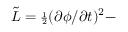
{ \tilde { { \cal L } } } = { \scriptstyle \frac { 1 } { 2 } } ( \partial \phi / \partial t ) ^ { 2 } -